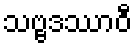
သဗ္ဗဒဿာဝီ